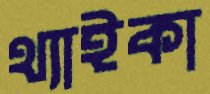
থ্যাইকা